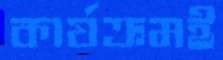
কার্যক্রমই